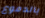
بالدموع